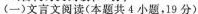
(一)文言文阅读(本题共4小题，19分)